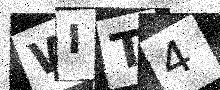
Text: WIT4